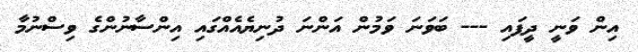
އިން ވަނީ ދީފައި --- ބަވަނަ ވަމުން އަންނަ ދުނިޔެއެއްގައި އިންސާނުންގެ ވިސްނުމާ